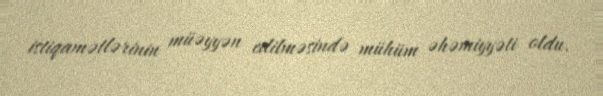
istiqamətlərinin müəyyən edilməsində mühüm əhəmiyyəti oldu.